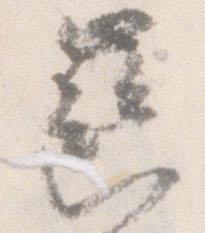
歯